Lunatic asylums United Provinces 1899-1908 - 1899-1908
Year: 1899
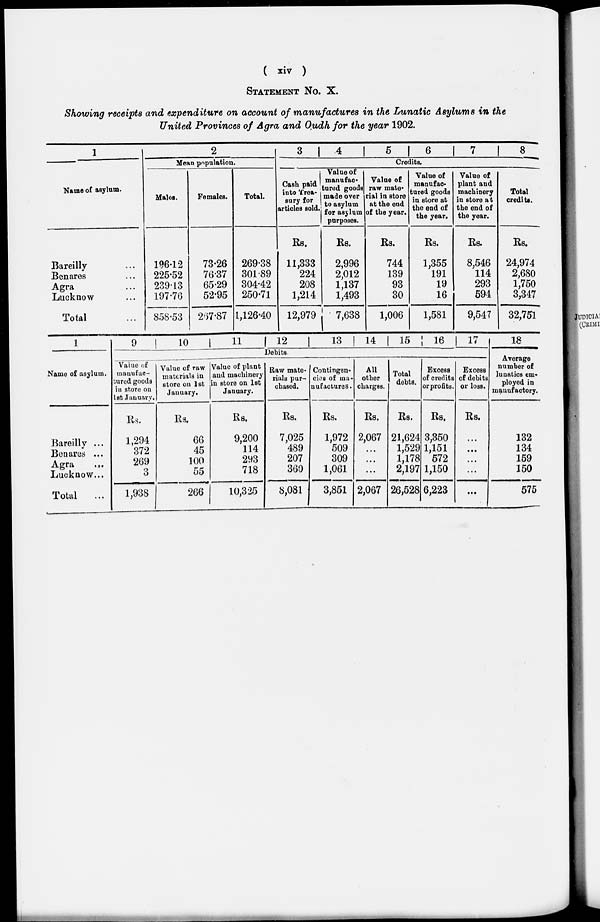
( xiv )
STATEMENT No. X.
Showing receipts and expenditure on account of manufactures in the Lunatic Asylums in the
United Provinces of Agra and Oudh for the year 1902.
1
Name of asylum.
Bareilly …
Benares …
Agra …
Lucknow …
Total …
2
Mean papulation.
Males.
196.12
225.52
239.13
197.76
858.53
Females.
73.26
76.37
65.29
52.95
267.87
Total.
269.38
301.89
304.42
250.71
1,126.40
3
4
5
6
7
8
Credits.
Cash paid
into Trea-
sury for
articles sold.
Rs.
11,333
224
208
1,214
12,979
Value of
manufac-
tured goods
made over
to asylum
for asylum
purposes.
Rs.
2,996
2,012
1,137
1,493
7,638
Value of
raw mate-
rial in store
at the end
of the year.
Rs.
744
139
93
30
1,006
Value of
manufac-
tured goods
in store at
the end of
the year.
Rs.
1,355
191
19
16
1,581
Value of
plant and
machinery
in store at
the end of
the year.
Rs.
8,546
114
293
594
9,547
Total
credits.
Rs.
24,974
2,680
1,750
3,347
32,751
1
Name of asylum.
Bareilly …
Benares …
Agra …
Lucknow …
Total …
9
10
11
12
13
14
15
16
17
Debits.
Value of
manufac-
tured goods
in store on
1st January.
Rs.
1,294
372
269
3
1,938
Value of raw
materials in
store on 1st
January.
Rs.
66
45
100
55
266
Value of plant
and machinery
in store on 1st
January.
Rs.
9,200
114
293
718
10,325
Raw mate-
rials pur-
chased.
Rs.
7,025
489
207
360
8,081
Contingen-
cies of ma-
nufactures.
Rs.
1,972
509
309
1,061
3,851
All
other
charges.
Rs.
2,067
...
...
...
2,067
Total
debts.
Rs.
21,624
1,529
1,178
2,197
26,528
Excess
of credits
or profits.
Rs.
3,350
1,151
572
1,150
6,223
Excess
of debits
or loss.
Rs.
...
...
...
...
...
18
Average
number of
lunatics em-
ployed in
manufactory.
132
134
159
150
575